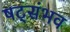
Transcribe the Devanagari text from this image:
षट्संभव